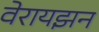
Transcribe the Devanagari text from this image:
वेरायझन